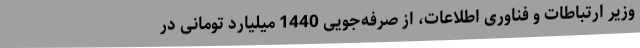
وزیر ارتباطات و فناوری اطلاعات، از صرفه‌جویی 1440 میلیارد تومانی در